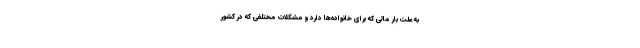
به علت بار مالی که برای خانواده‌ها دارد و مشکلات مختلفی که در کشور